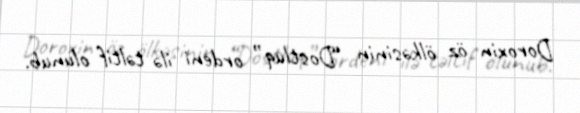
Doroxin öz ölkəsinin “Dostluq” ordeni ilə təltif olunub.